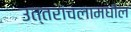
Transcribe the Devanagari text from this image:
उत्तरांचलामधील